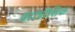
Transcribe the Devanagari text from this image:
परात्रींशिक